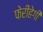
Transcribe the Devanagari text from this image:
फेरीहेगी